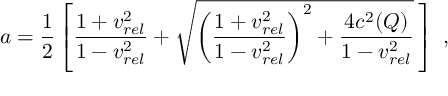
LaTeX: a = \frac { 1 } { 2 } \left[ \frac { 1 + v _ { r e l } ^ { 2 } } { 1 - v _ { r e l } ^ { 2 } } + \sqrt { \left( \frac { 1 + v _ { r e l } ^ { 2 } } { 1 - v _ { r e l } ^ { 2 } } \right) ^ { 2 } + \frac { 4 c ^ { 2 } ( Q ) } { 1 - v _ { r e l } ^ { 2 } } } \, \right] \ ,